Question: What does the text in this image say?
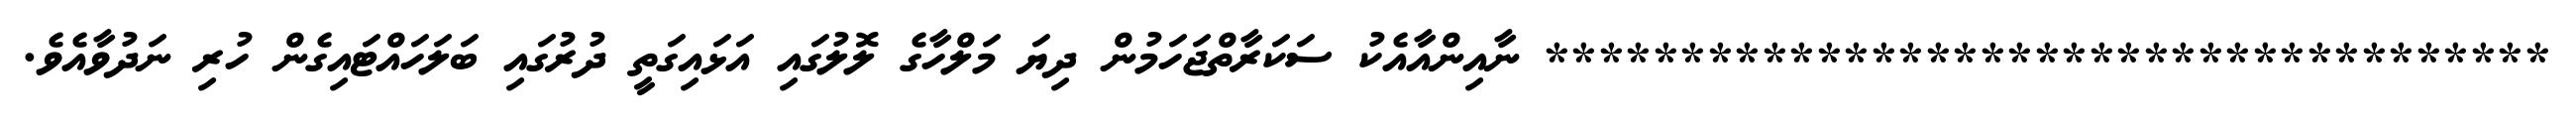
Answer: ************************************* ނާއިންއާއެކު ސަކަރާތްޖަހަމުން ދިޔަ މަލްހާގެ ލޮލުގައި އަޅައިގަތީ ދުރުގައި ބަލަހައްޓައިގެން ހުރި ނަދުވާއެވެ.